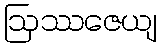
ဩဿဇေယျ